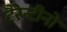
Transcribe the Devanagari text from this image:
टैरेन्टीनो